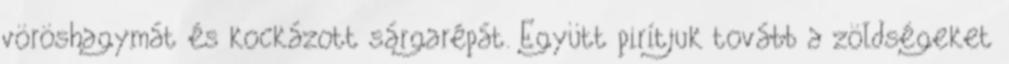
vöröshagymát és kockázott sárgarépát. Együtt pirítjuk tovább a zöldségeket